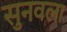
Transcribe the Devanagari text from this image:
सुनवला